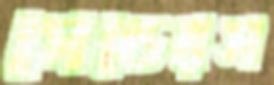
সেন্ডেরস